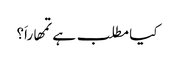
کیا مطلب ہے تمھاراَ؟